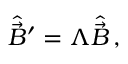
\hat { \vec { \cal B } } { } ^ { \prime } = \Lambda \hat { \vec { \cal B } } \, ,